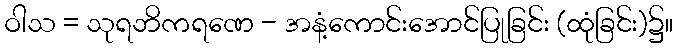
ဝါသ = သုရဘိကရဏေ - အနံ့ကောင်းအောင်ပြုခြင်း (ထုံခြင်း)၌။